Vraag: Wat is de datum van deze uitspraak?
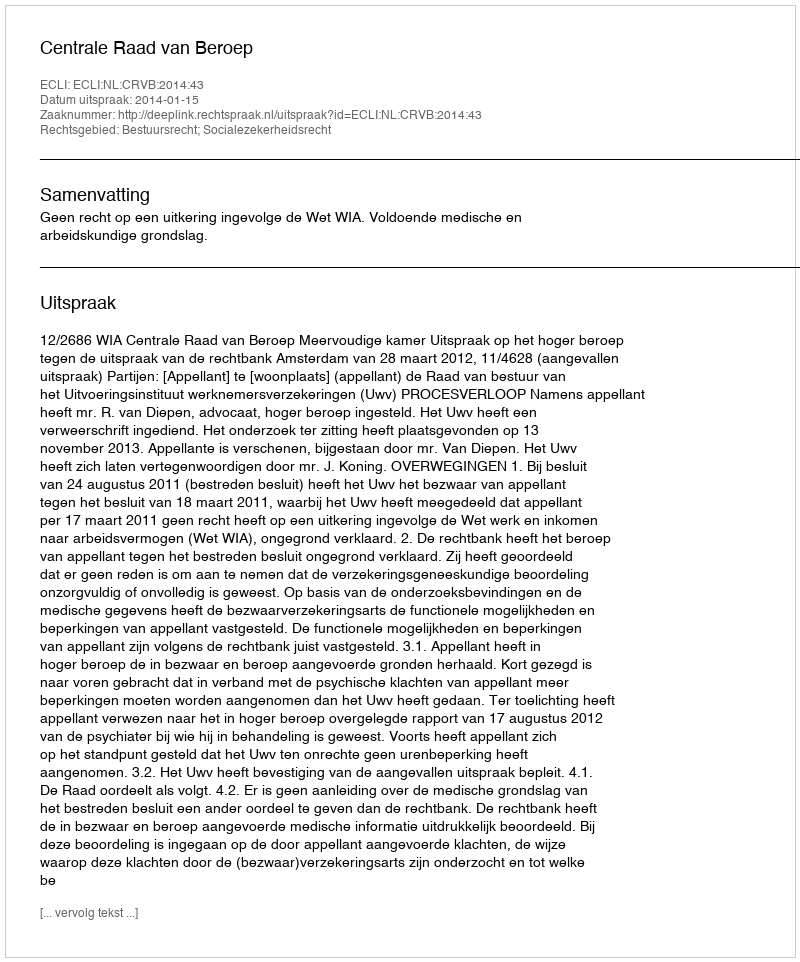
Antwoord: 2014-01-15